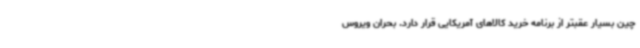
چین بسیار عقبتر از برنامه خرید کالاهای آمریکایی قرار دارد. بحران ویروس